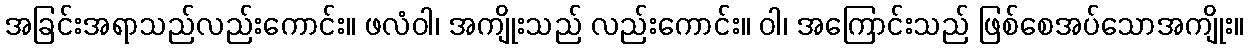
အခြင်းအရာသည်လည်းကောင်း။ ဖလံဝါ၊ အကျိုးသည် လည်းကောင်း။ ဝါ၊ အကြောင်းသည် ဖြစ်စေအပ်သောအကျိုး။